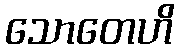
သောတေဟိ